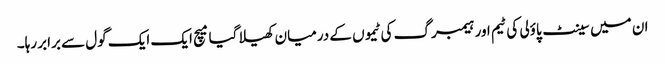
ان میں سینٹ پاؤلی کی ٹیم اور ہیمبرگ کی ٹیموں کے درمیان کھیلا گیا میچ ایک ایک گول سے برابر رہا۔